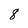
Character: 8